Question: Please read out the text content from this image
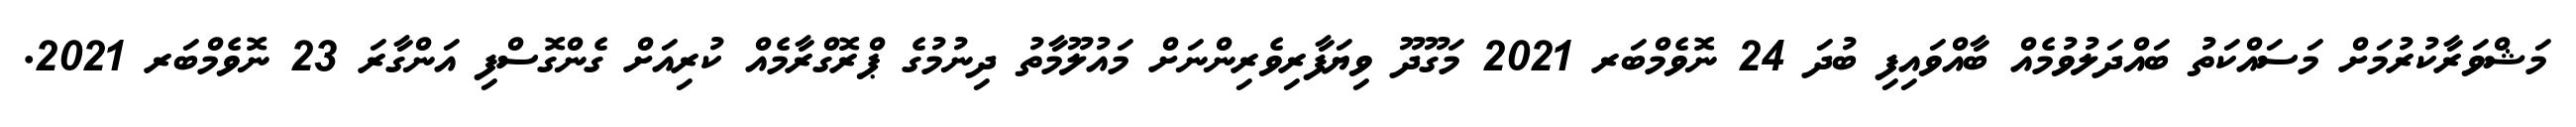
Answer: މަޝްވަރާކުރުމަށް މަސައްކަތު ބައްދަލުވުމެއް ބާއްވައިފި ބުދަ 24 ނޮވެމްބަރ 2021 މަގޫދޫ ވިޔަފާރިވެރިންނަށް މައުލޫމާތު ދިނުމުގެ ޕްރޮގްރާމެއް ކުރިއަށް ގެންގޮސްފި އަންގާރަ 23 ނޮވެމްބަރ 2021.